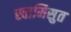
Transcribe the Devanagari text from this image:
स्वामिसुत